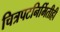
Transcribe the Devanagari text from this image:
चित्रपटनिर्मितीही